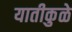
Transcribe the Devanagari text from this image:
यातीकुळे